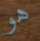
هو